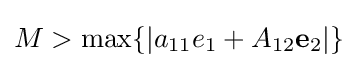
M>\max\{|a_{11}e_{1}+A_{12}\mathbf {e} _{2}|\}